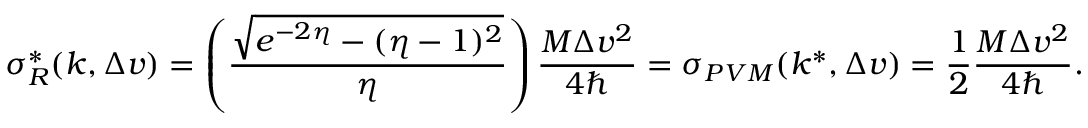
\sigma _ { R } ^ { * } ( k , \Delta v ) = \left( \frac { \sqrt { e ^ { - 2 \eta } - ( \eta - 1 ) ^ { 2 } } } { \eta } \right) \frac { M \Delta v ^ { 2 } } { 4 \hbar } = \sigma _ { P V M } ( k ^ { * } , \Delta v ) = \frac { 1 } { 2 } \frac { M \Delta v ^ { 2 } } { 4 \hbar } .